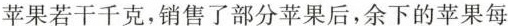
苹果若干千克，销售了部分苹果后，余下的苹果每